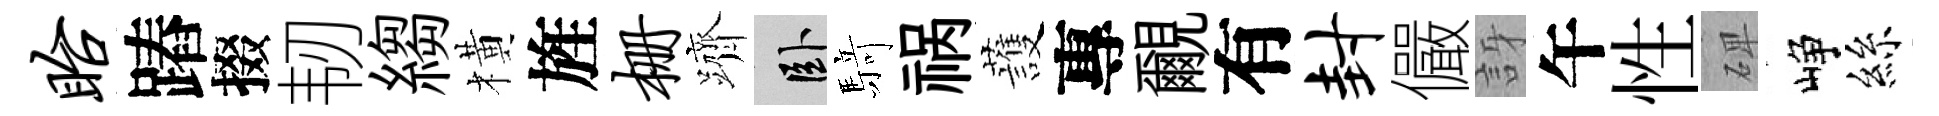
眙蹖掇韧縐橫旌栅躋卧𮪍祸䕶專覼有封儼訝午性𥓓峥絲